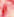
أنه